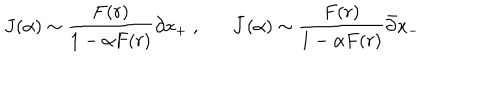
J ( \alpha ) \sim \frac { F ( r ) } { 1 - \alpha F ( r ) } \partial x _ { + } \; , \bar { J } ( \alpha ) \sim \frac { F ( r ) } { 1 - \alpha F ( r ) } \bar { \partial } x _ { - }